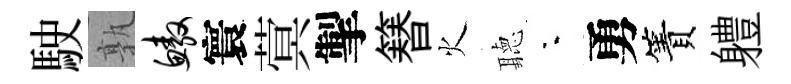
駛孰鳌寰蓂掣簮火聽夜勇簀軆